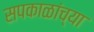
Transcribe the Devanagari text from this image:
सपकाळांच्या